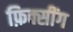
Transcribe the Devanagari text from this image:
फ़िक्सींग